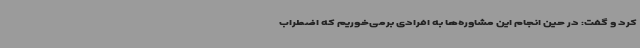
کرد و گفت: در حین انجام این مشاوره‌ها به افرادی برمی‌خوریم که اضطراب